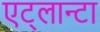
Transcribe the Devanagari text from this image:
एट्लान्टा